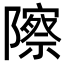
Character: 𬯠